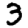
Digit: 3